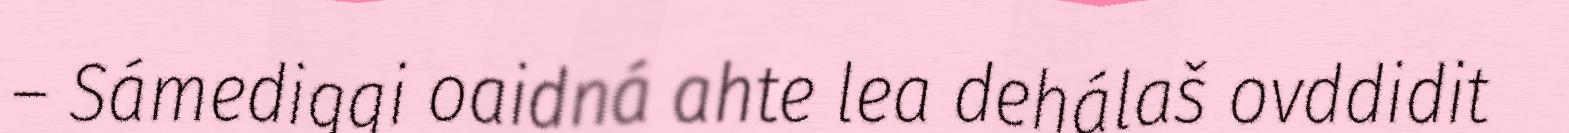
– Sámediggi oaidná ahte lea dehálaš ovddidit